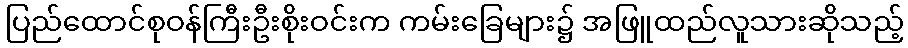
ပြည်ထောင်စုဝန်ကြီးဦးစိုးဝင်းက ကမ်းခြေများ၌ အဖြူထည်လူသားဆိုသည့်